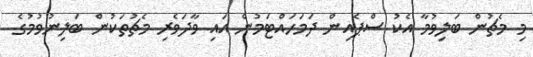
މި މެޗުން ބަލިވުމާ އެކު ސްޕެއިން ދަމަހައްޓަމުން އައި ވާދަވެރި މެޗުތަކުން ބަލިނުވުމުގެ